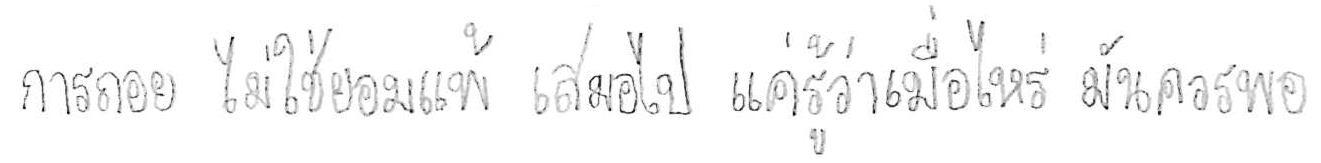
การถอย ไม่ใช่ยอมแพ้ เสมอไป แค่รู้ว่าเมื่อไหร่ มันควรพอ